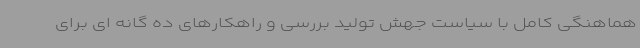
هماهنگی کامل با سیاست جهش تولید بررسی و راهکارهای ده گانه ای برای